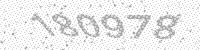
Solution: 180978